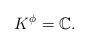
LaTeX: \begin{gather*}K^{\phi}=\mathbb C.\end{gather*}